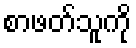
စာဖတ်သူကို